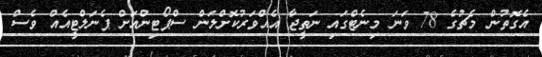
އެގޮތުން މެޗުގެ 78 ވަނަ މިނެޓްގައި ނަތީޖާ އެއްވަރުކޮށްލަން ސްޕޯޓިންއަށް ޕެނަލްޓީއެއް ވެސް